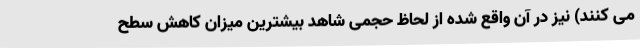
می کنند) نیز در آن واقع شده از لحاظ حجمی شاهد بیشترین میزان کاهش سطح